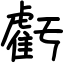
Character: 虧